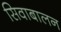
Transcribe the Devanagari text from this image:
सिवाबालन